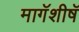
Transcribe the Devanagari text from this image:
मागॅशीषॅ